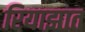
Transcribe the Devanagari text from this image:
रियाझात